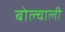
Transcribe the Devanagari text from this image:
बोल्चाली